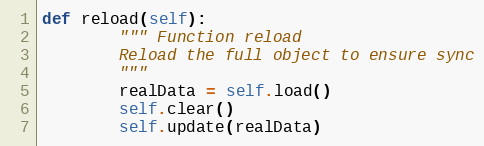
Language: Python
def reload(self):
        """ Function reload
        Reload the full object to ensure sync
        """
        realData = self.load()
        self.clear()
        self.update(realData)